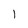
Character: 1